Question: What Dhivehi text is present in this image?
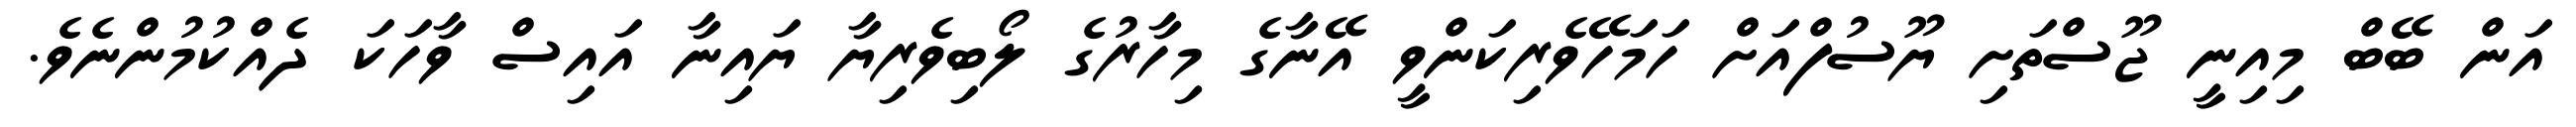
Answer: އަން ބޭބް މިއިނީ ޖޫސްތަށި ޔޫސުފްއަށް ހަމަހޭވެރިކަންވީ އޭނާގެ މިހާރުގެ ލޯބިވެރިޔާ ޔައިނާ އައިސް ވާހަކަ ދެއްކުމުންނެވެ.